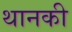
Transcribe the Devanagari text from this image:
थानकी